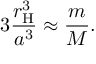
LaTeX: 3 { \frac { r _ { \mathrm { H } } ^ { 3 } } { a ^ { 3 } } } \approx { \frac { m } { M } } .